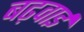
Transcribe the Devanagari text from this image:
बढ़वाई